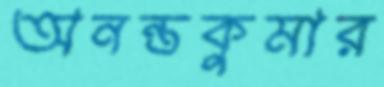
অনন্তকুমার